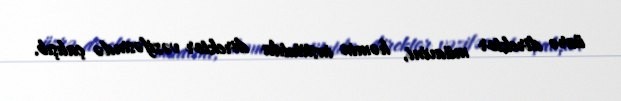
üzrə direktor müavini, həmin institutda direktor vəzifəsində çalışıb.